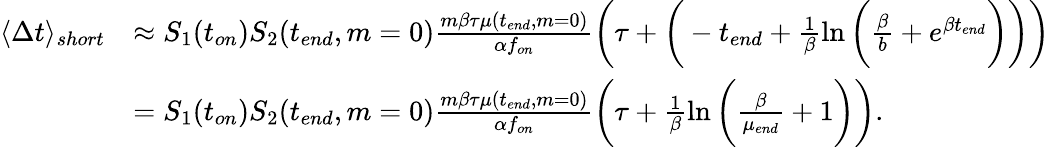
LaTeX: \begin{array}{rl}{\langle\Delta t\rangle_{short}}&{\approx S_{1}(t_{on})S_{2}(t_{end},m=0)\frac{m\beta\tau\mu(t_{end},m=0)}{\alpha f_{on}}\bigg(\tau+\bigg(-t_{end}+\frac{1}{\beta}\ln{\bigg(\frac{\beta}{b}+e^{\beta t_{end}}\bigg)}\bigg)\bigg)}\\ &{=S_{1}(t_{on})S_{2}(t_{end},m=0)\frac{m\beta\tau\mu(t_{end},m=0)}{\alpha f_{on}}\bigg(\tau+\frac{1}{\beta}\ln{\bigg(\frac{\beta}{\mu_{end}}+1\bigg)}\bigg).}\end{array}